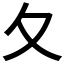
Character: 夂